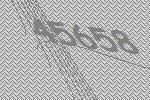
45658